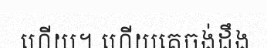
ហើយ។ ហើយគេចង់ដឹង